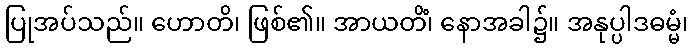
ပြုအပ်သည်။ ဟောတိ၊ ဖြစ်၏။ အာယတိံ၊ နောအခါ၌။ အနုပ္ပါဒဓမ္မံ၊